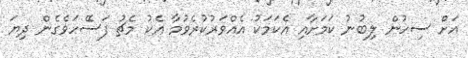
އަށް ސިހުން ލިބުނު ކަމަށާއި އެކަމަކު އެއްވަރުކުރެވުމާ އެކު މެޗު ފަސޭހަވެގެން ދިޔަ